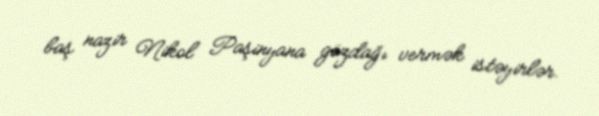
baş nazir Nikol Paşinyana gözdağı vermək istəyirlər.